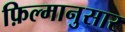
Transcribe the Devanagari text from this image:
फ़िल्मानुसार